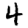
Digit: 4